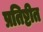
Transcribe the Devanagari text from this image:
प्रतिष्टीत